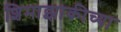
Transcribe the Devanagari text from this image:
शिमाझाकीच्या